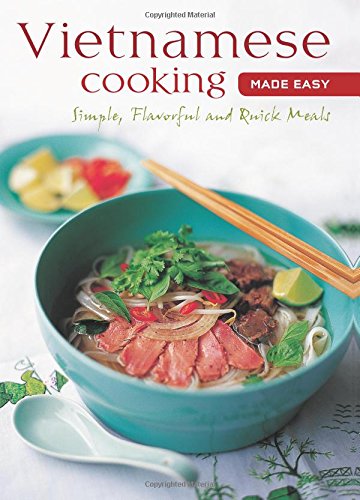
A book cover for Vietnamese Cooking Made Easy: Simple, Flavorful and Quick Meals [Vietnamese Cookbook, 50 Recipes] (Learn to Cook Series); Cookbooks, Food & Wine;